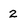
Character: 2